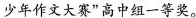
少年作文大赛”高中组一等奖。